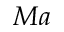
M a